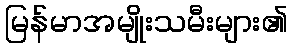
မြန်မာအမျိုးသမီးများ၏